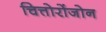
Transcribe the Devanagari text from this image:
चित्तोरोंजोन